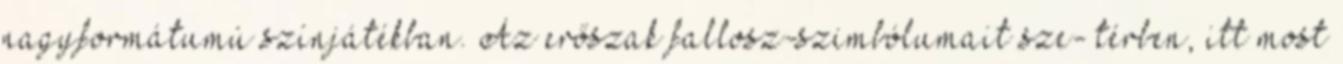
nagyformátumú színjátékban. Az erőszak fallosz-szimbólumait sze- térben, itt most